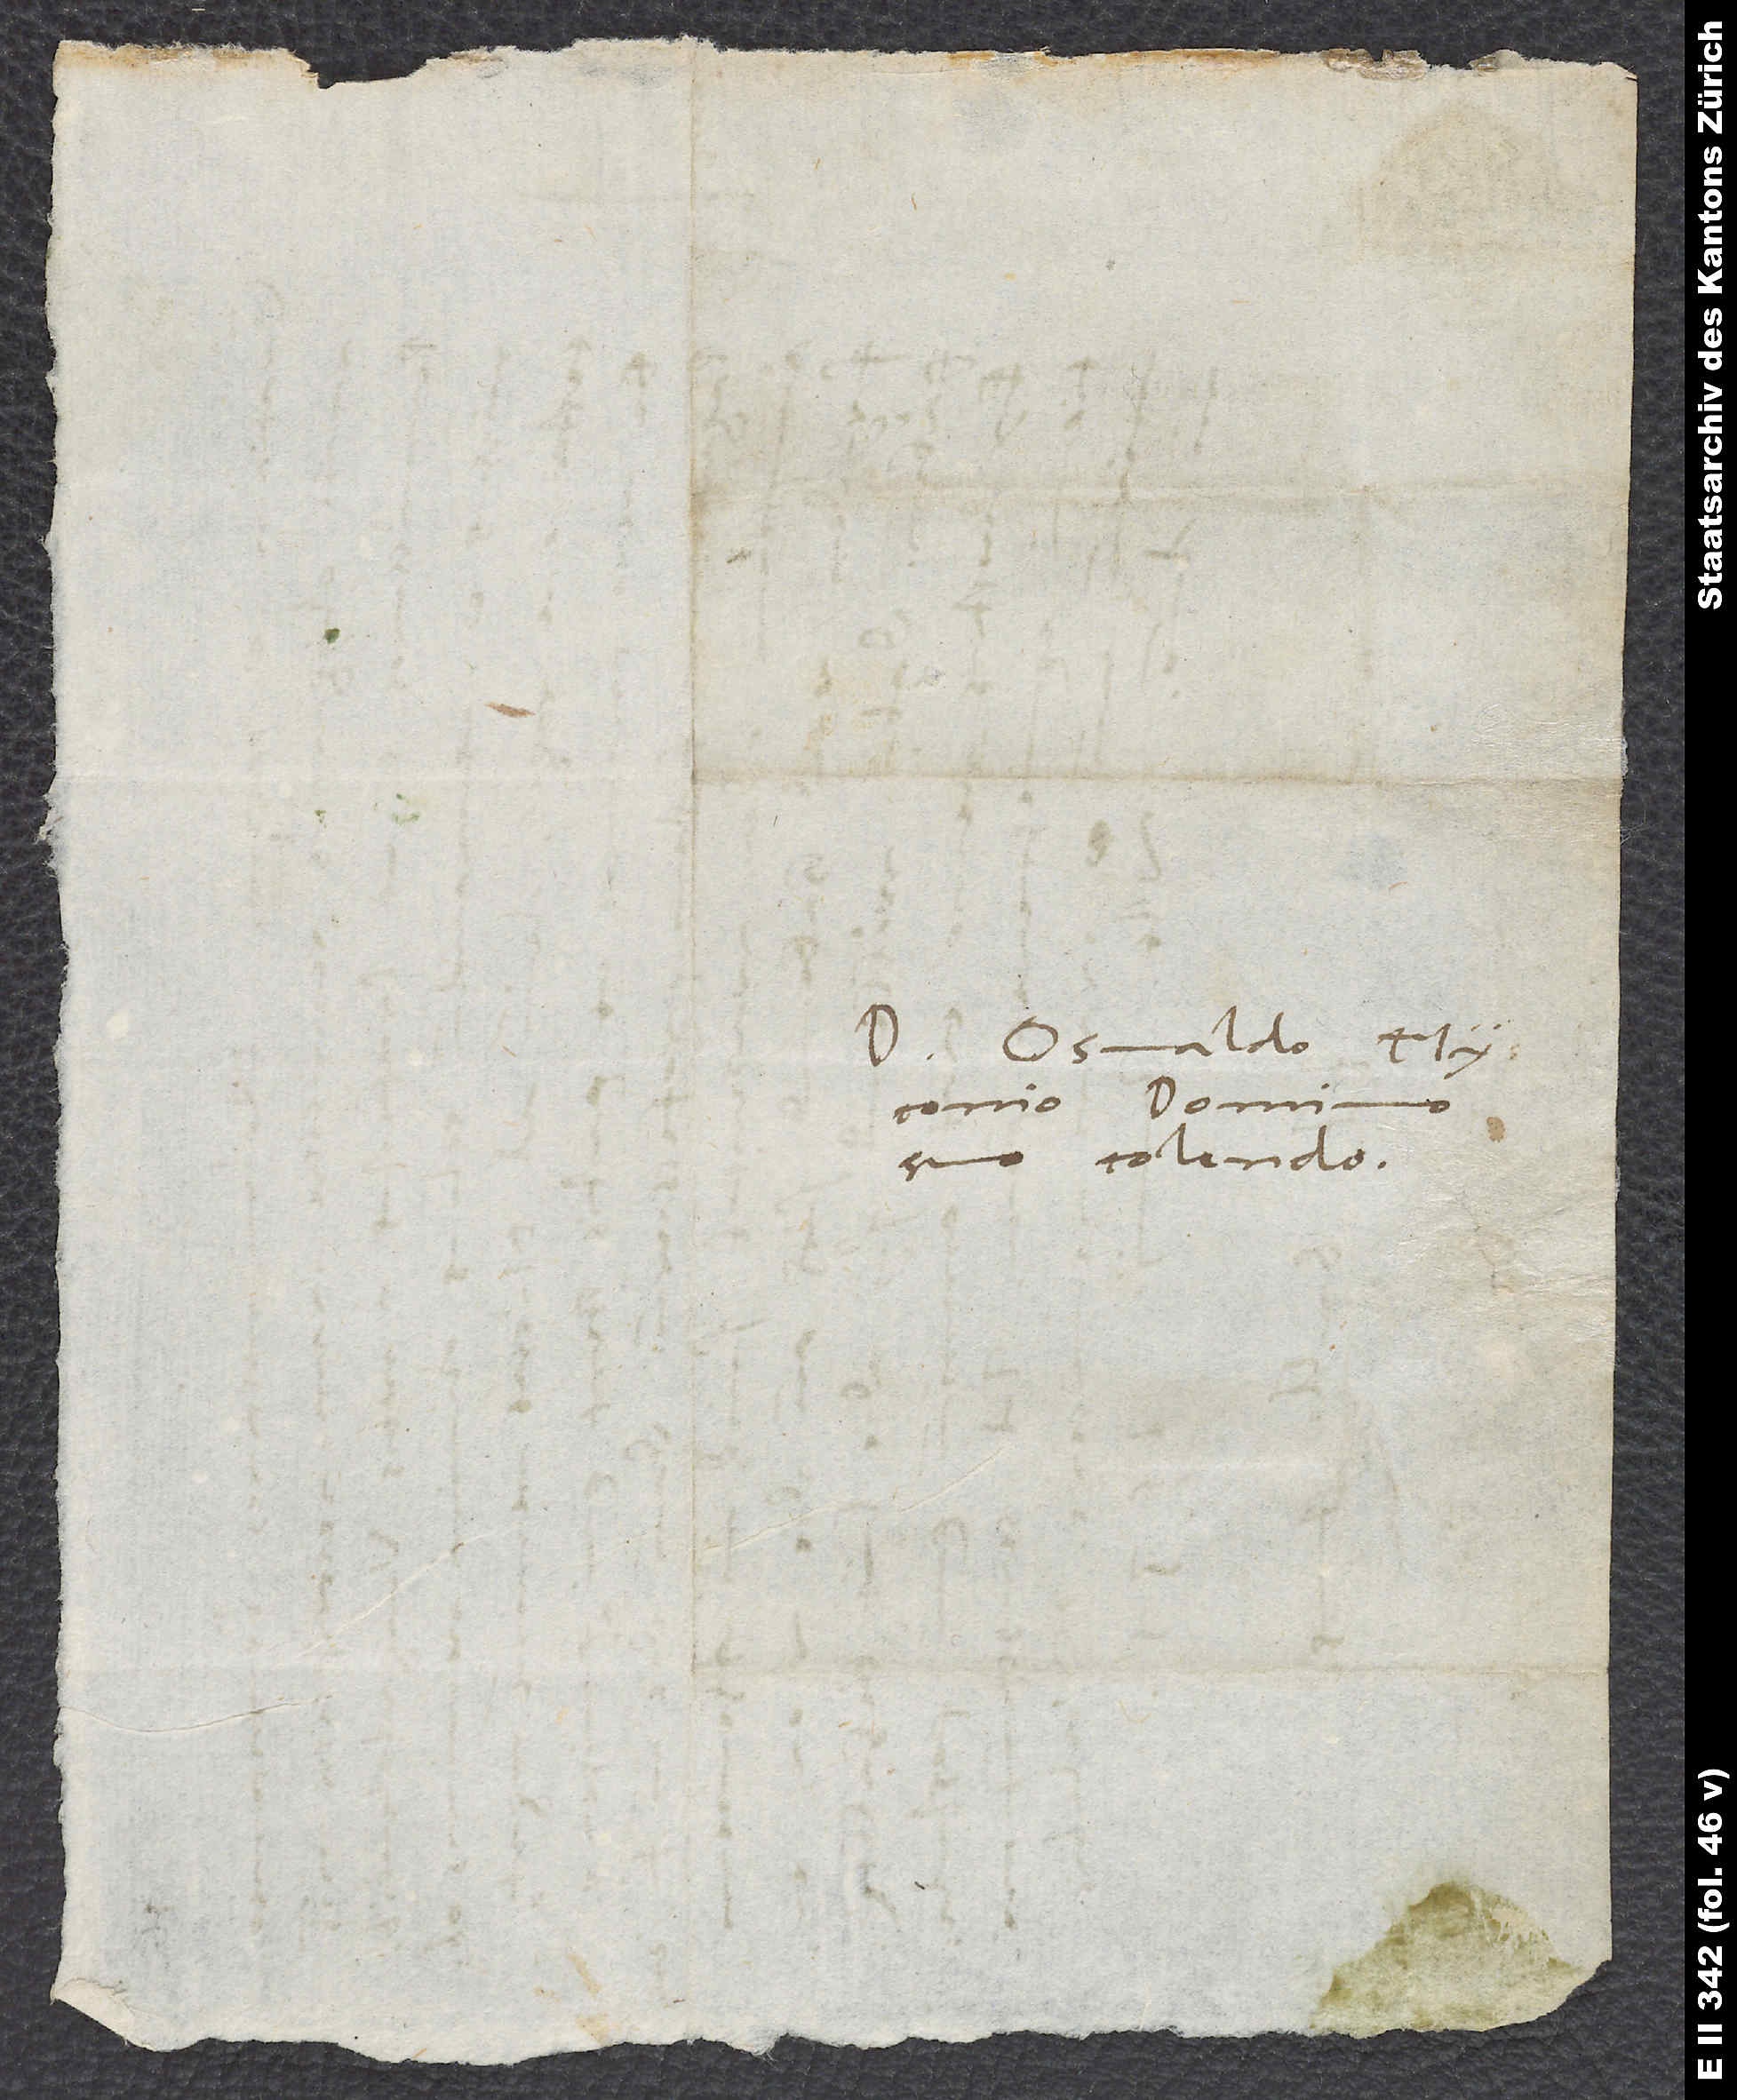
Domino Osvaldo Myconio,
suo colendo.